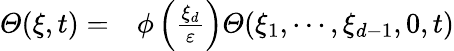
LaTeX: \begin{array}{rl}{\varTheta(\xi,t)=}&{{}\phi\left(\frac{\xi_{d}}{\varepsilon}\right)\varTheta(\xi_{1},\cdots,\xi_{d-1},0,t)}\end{array}